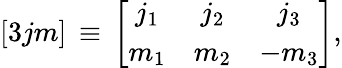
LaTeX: \left[3jm\right]\, \equiv\, \left[\begin{array}{ccc}{{j_{1}}}&{{j_{2}}}&{{j_{3}}}\\ {{m_{1}}}&{{m_{2}}}&{{-m_{3}}}\end{array}\right],